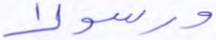
ورسولا